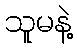
သူမနဲ့